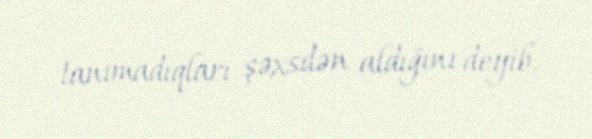
tanımadıqları şəxsdən aldığını deyib.